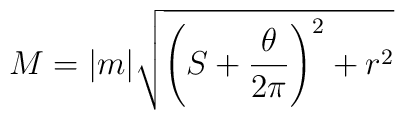
M=|m|\sqrt{\left(S+\frac{\theta}{2\pi}\right)^{2}+r^{2}}